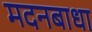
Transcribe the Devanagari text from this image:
मदनबाधा